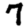
Digit: 7